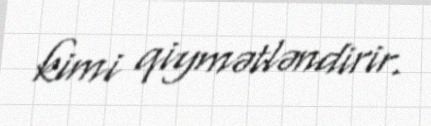
kimi qiymətləndirir.